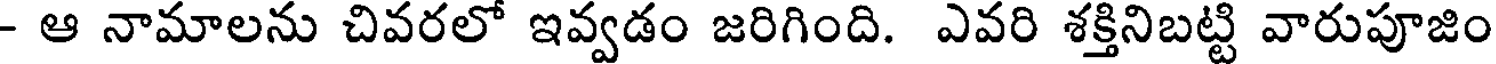
- ఆ నామాలను చివరలో ఇవ్వడం జరిగింది. ఎవరి శక్తినిబట్టి వారుపూజిం